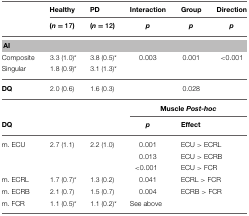
<table><thead><tr><td></td><td><b>Healthy</b></td><td><b>PD</b></td><td><b>Interaction</b></td><td><b>Group</b></td><td><b>Direction</b></td></tr><tr><td></td><td><b>(<i>n</i> = 17)</b></td><td><b>(<i>n</i> = 12)</b></td><td><b><i>p</i></b></td><td><b><i>p</i></b></td><td><b><i>p</i></b></td></tr></thead><tbody><tr><td colspan="6"><b>AI</b></td></tr><tr><td>Composite</td><td>3.3 (1.0)<sup>*</sup></td><td>3.8 (0.5)<sup>*</sup></td><td>0.003</td><td>0.001</td><td>&lt;0.001</td></tr><tr><td>Singular</td><td>1.8 (0.9)<sup>*</sup></td><td>3.1 (1.3)<sup>*</sup></td><td></td><td></td><td></td></tr><tr><td><b>DQ</b></td><td>2.0 (0.6)</td><td>1.6 (0.3)</td><td></td><td>0.028</td><td></td></tr><tr><td></td><td></td><td></td><td colspan="3"><b>Muscle <i>Post-hoc</i></b></td></tr><tr><td><b>DQ</b></td><td></td><td></td><td><b><i>p</i></b></td><td colspan="2"><b>Effect</b></td></tr><tr><td>m. ECU</td><td>2.7 (1.1)</td><td>2.2 (1.0)</td><td>0.001</td><td colspan="2">ECU &gt; ECRL</td></tr><tr><td></td><td></td><td></td><td>0.013</td><td colspan="2">ECU &gt; ECRB</td></tr><tr><td></td><td></td><td></td><td>&lt;0.001</td><td colspan="2">ECU &gt; FCR</td></tr><tr><td>m. ECRL</td><td>1.7 (0.7)<sup>*</sup></td><td>1.3 (0.2)</td><td>0.041</td><td colspan="2">ECRL &gt; FCR</td></tr><tr><td>m. ECRB</td><td>2.1 (0.7)</td><td>1.5 (0.7)</td><td>0.004</td><td colspan="2">ECRB &gt; FCR</td></tr><tr><td>m. FCR</td><td>1.1 (0.5)<sup>*</sup></td><td>1.1 (0.2)<sup>*</sup></td><td>See above</td><td></td><td></td></tr></tbody></table>